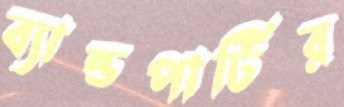
ব্যান্ডপার্টির